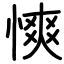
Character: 慡